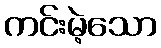
ကင်းမဲ့သော